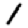
Digit: 1